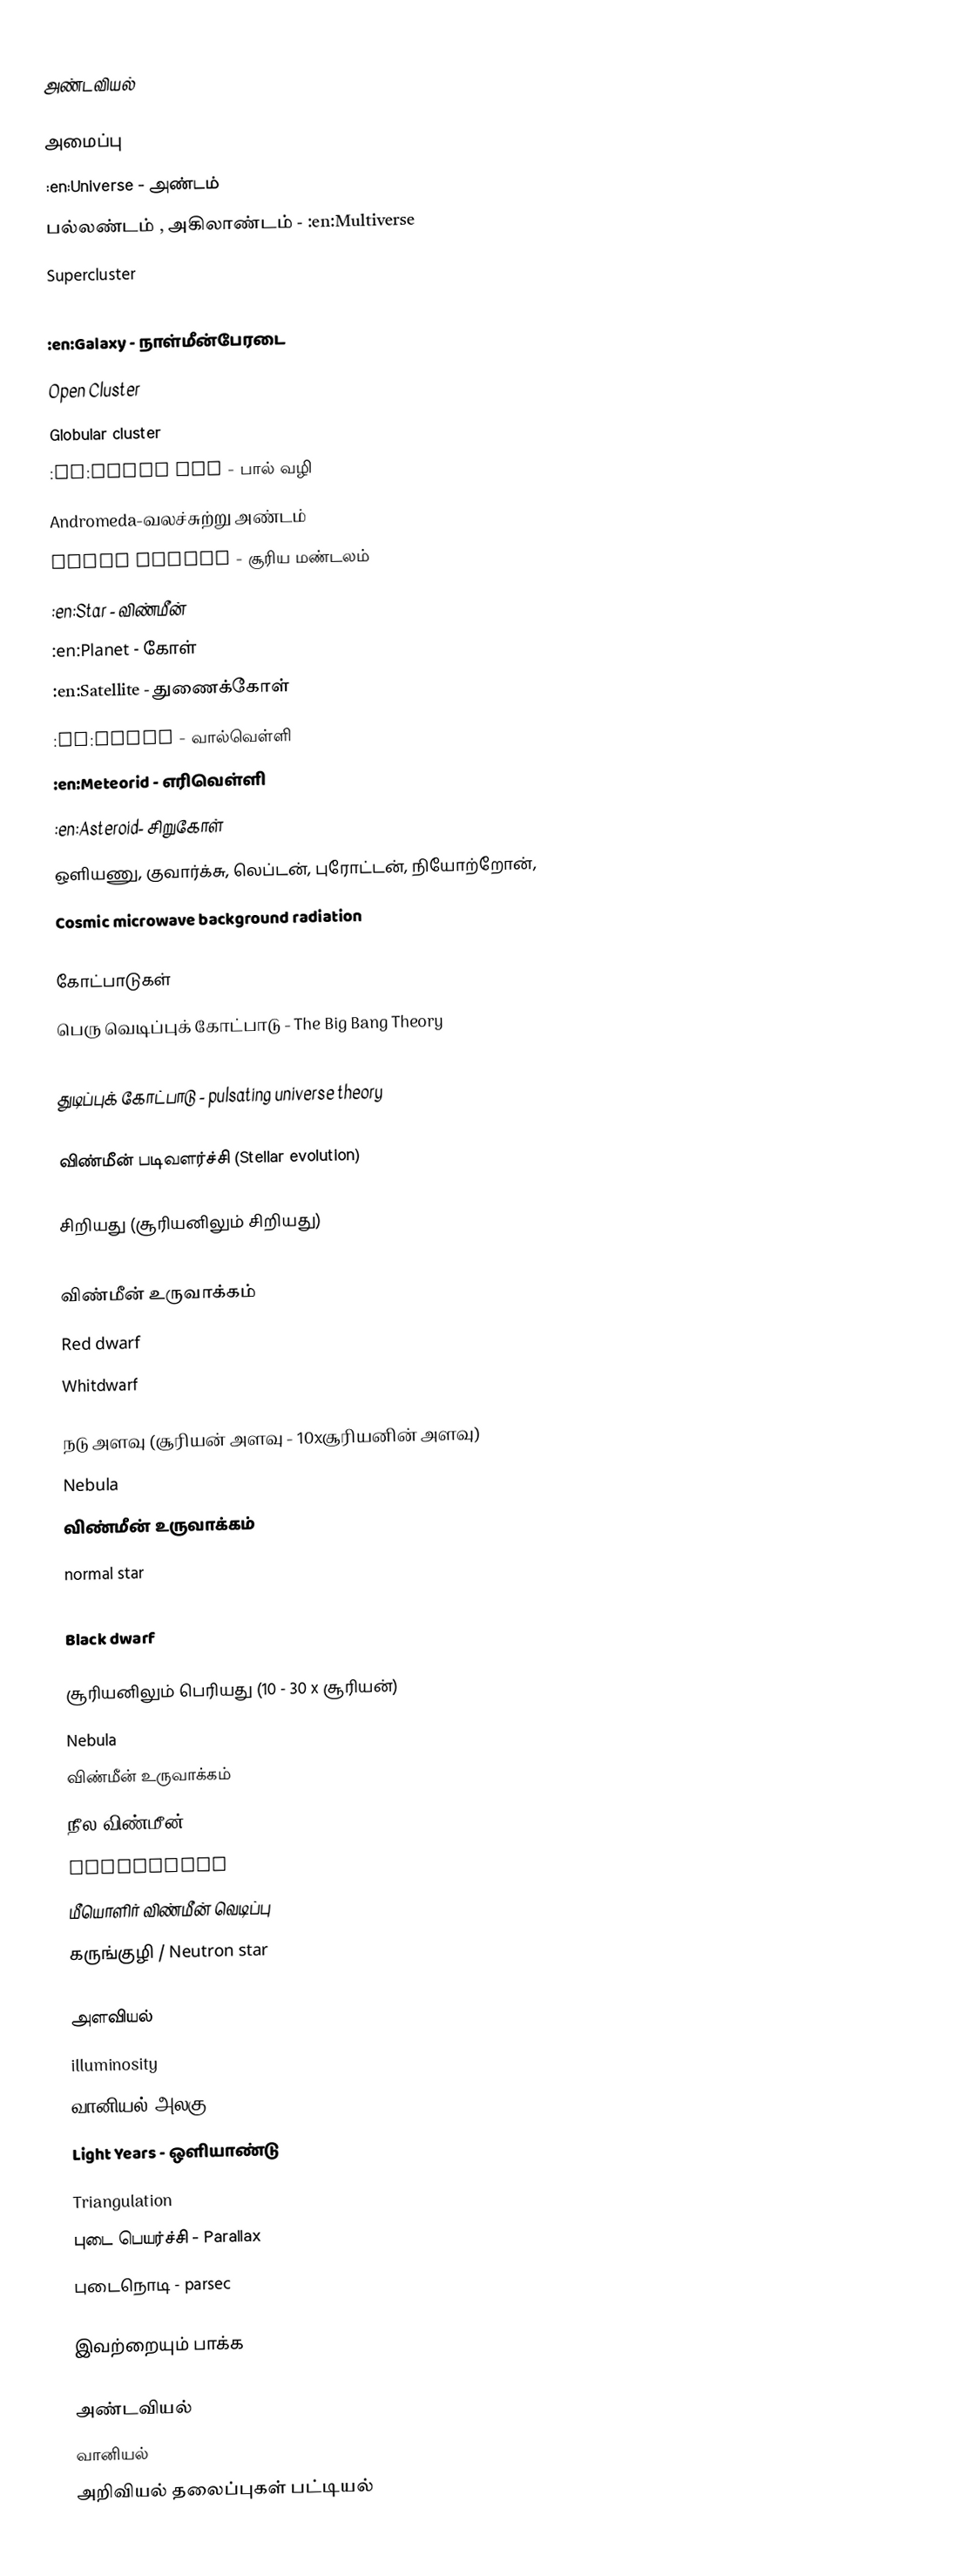
அண்டவியல்

அமைப்பு
 :en:Universe - அண்டம்
 பல்லண்டம் , அகிலாண்டம் - :en:Multiverse
 Supercluster
 Local Group
 :en:Galaxy - நாள்மீன்பேரடை
 Open Cluster
 Globular cluster
 :en:Milky way - பால் வழி
 Andromeda-வலச்சுற்று அண்டம்
 solar system - சூரிய மண்டலம்
 :en:Star - விண்மீன்
 :en:Planet - கோள்
 :en:Satellite - துணைக்கோள்
 :en:Comet - வால்வெள்ளி
 :en:Meteorid - எரிவெள்ளி
 :en:Asteroid- சிறுகோள்
 ஒளியணு, குவார்க்சு, லெப்டன், புரோட்டன், நியோற்றோன்,
 Cosmic microwave background radiation

கோட்பாடுகள்
 பெரு வெடிப்புக் கோட்பாடு - The Big Bang Theory
 Formation and evolution of the Solar System
 துடிப்புக் கோட்பாடு - pulsating universe theory

விண்மீன்  படிவளர்ச்சி (Stellar evolution)

சிறியது (சூரியனிலும் சிறியது)
 Nebula
 விண்மீன் உருவாக்கம்
 Red dwarf
 Whitdwarf

நடு அளவு (சூரியன் அளவு - 10xசூரியனின் அளவு)
 Nebula
 விண்மீன் உருவாக்கம்
 normal star
 Red giant
 Black dwarf

சூரியனிலும் பெரியது (10 - 30 x சூரியன்)
 Nebula
 விண்மீன் உருவாக்கம்
 நீல விண்மீன்
 Supergiant
 மீயொளிர் விண்மீன் வெடிப்பு
 கருங்குழி / Neutron star

அளவியல்
 illuminosity
 வானியல் அலகு - Astronomical Unit - distance
 Light Years - ஒளியாண்டு
 Triangulation
 புடை பெயர்ச்சி - Parallax
 புடைநொடி - parsec

இவற்றையும் பாக்க

அண்டவியல்
வானியல்
அறிவியல் தலைப்புகள் பட்டியல்